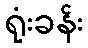
ရုံးခန်း